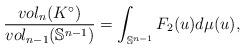
LaTeX: \begin{align*} \frac{vol_n(K^{\circ})}{vol_{n-1}(\mathbb{S}^{n-1})}=\int_{\mathbb{S}^{n-1}}F_2(u)d\mu(u),\end{align*}